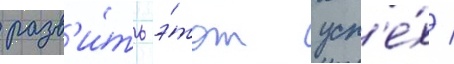
разв'и́ть э́тот усп'е́х /